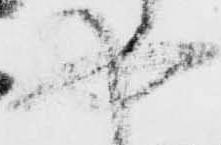
や